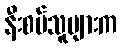
နီးစပ်သူများက